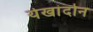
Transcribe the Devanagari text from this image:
येखांदोन